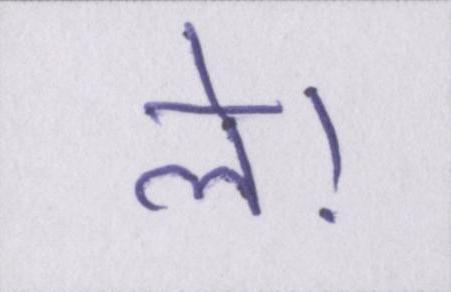
ले।